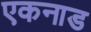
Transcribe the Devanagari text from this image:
एकनाड